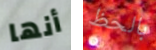
أنها بالحظ